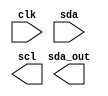
module i2c_controller(
  input wire clk,
  input wire sda,
  output reg scl,
  output reg sda_out
);

// Clock signal generation module
always @(posedge clk) begin
  // Clock signal generation logic here
end

// Data sampling and synchronization module
always @(posedge clk) begin
  // Data sampling and synchronization logic here
end

// Arbitration and timing control module
always @(posedge clk) begin
  // Arbitration and timing control logic here
end

endmodule